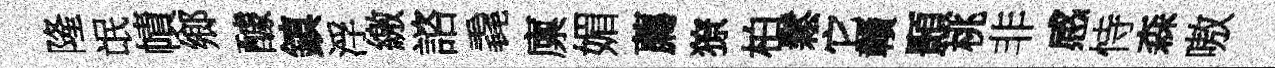
隆氓幘鄉醵鎮浮繳諮毳廪媚薦獠柏鬆它贛顥桃非感恃森嗷